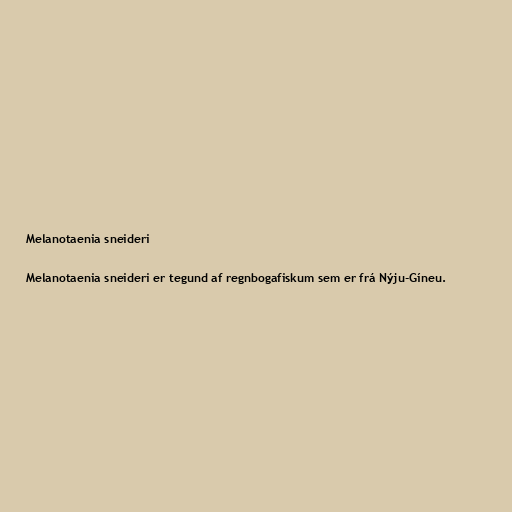
Melanotaenia sneideri

Melanotaenia sneideri er tegund af regnbogafiskum sem er frá Nýju-Gíneu.